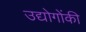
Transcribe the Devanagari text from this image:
उद्योगोंकी